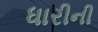
ધારીની